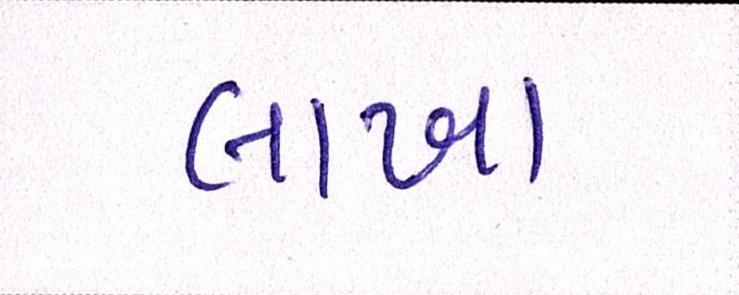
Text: લાખા